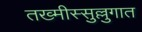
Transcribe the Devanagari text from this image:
तख्मीस्सुल्लुगात